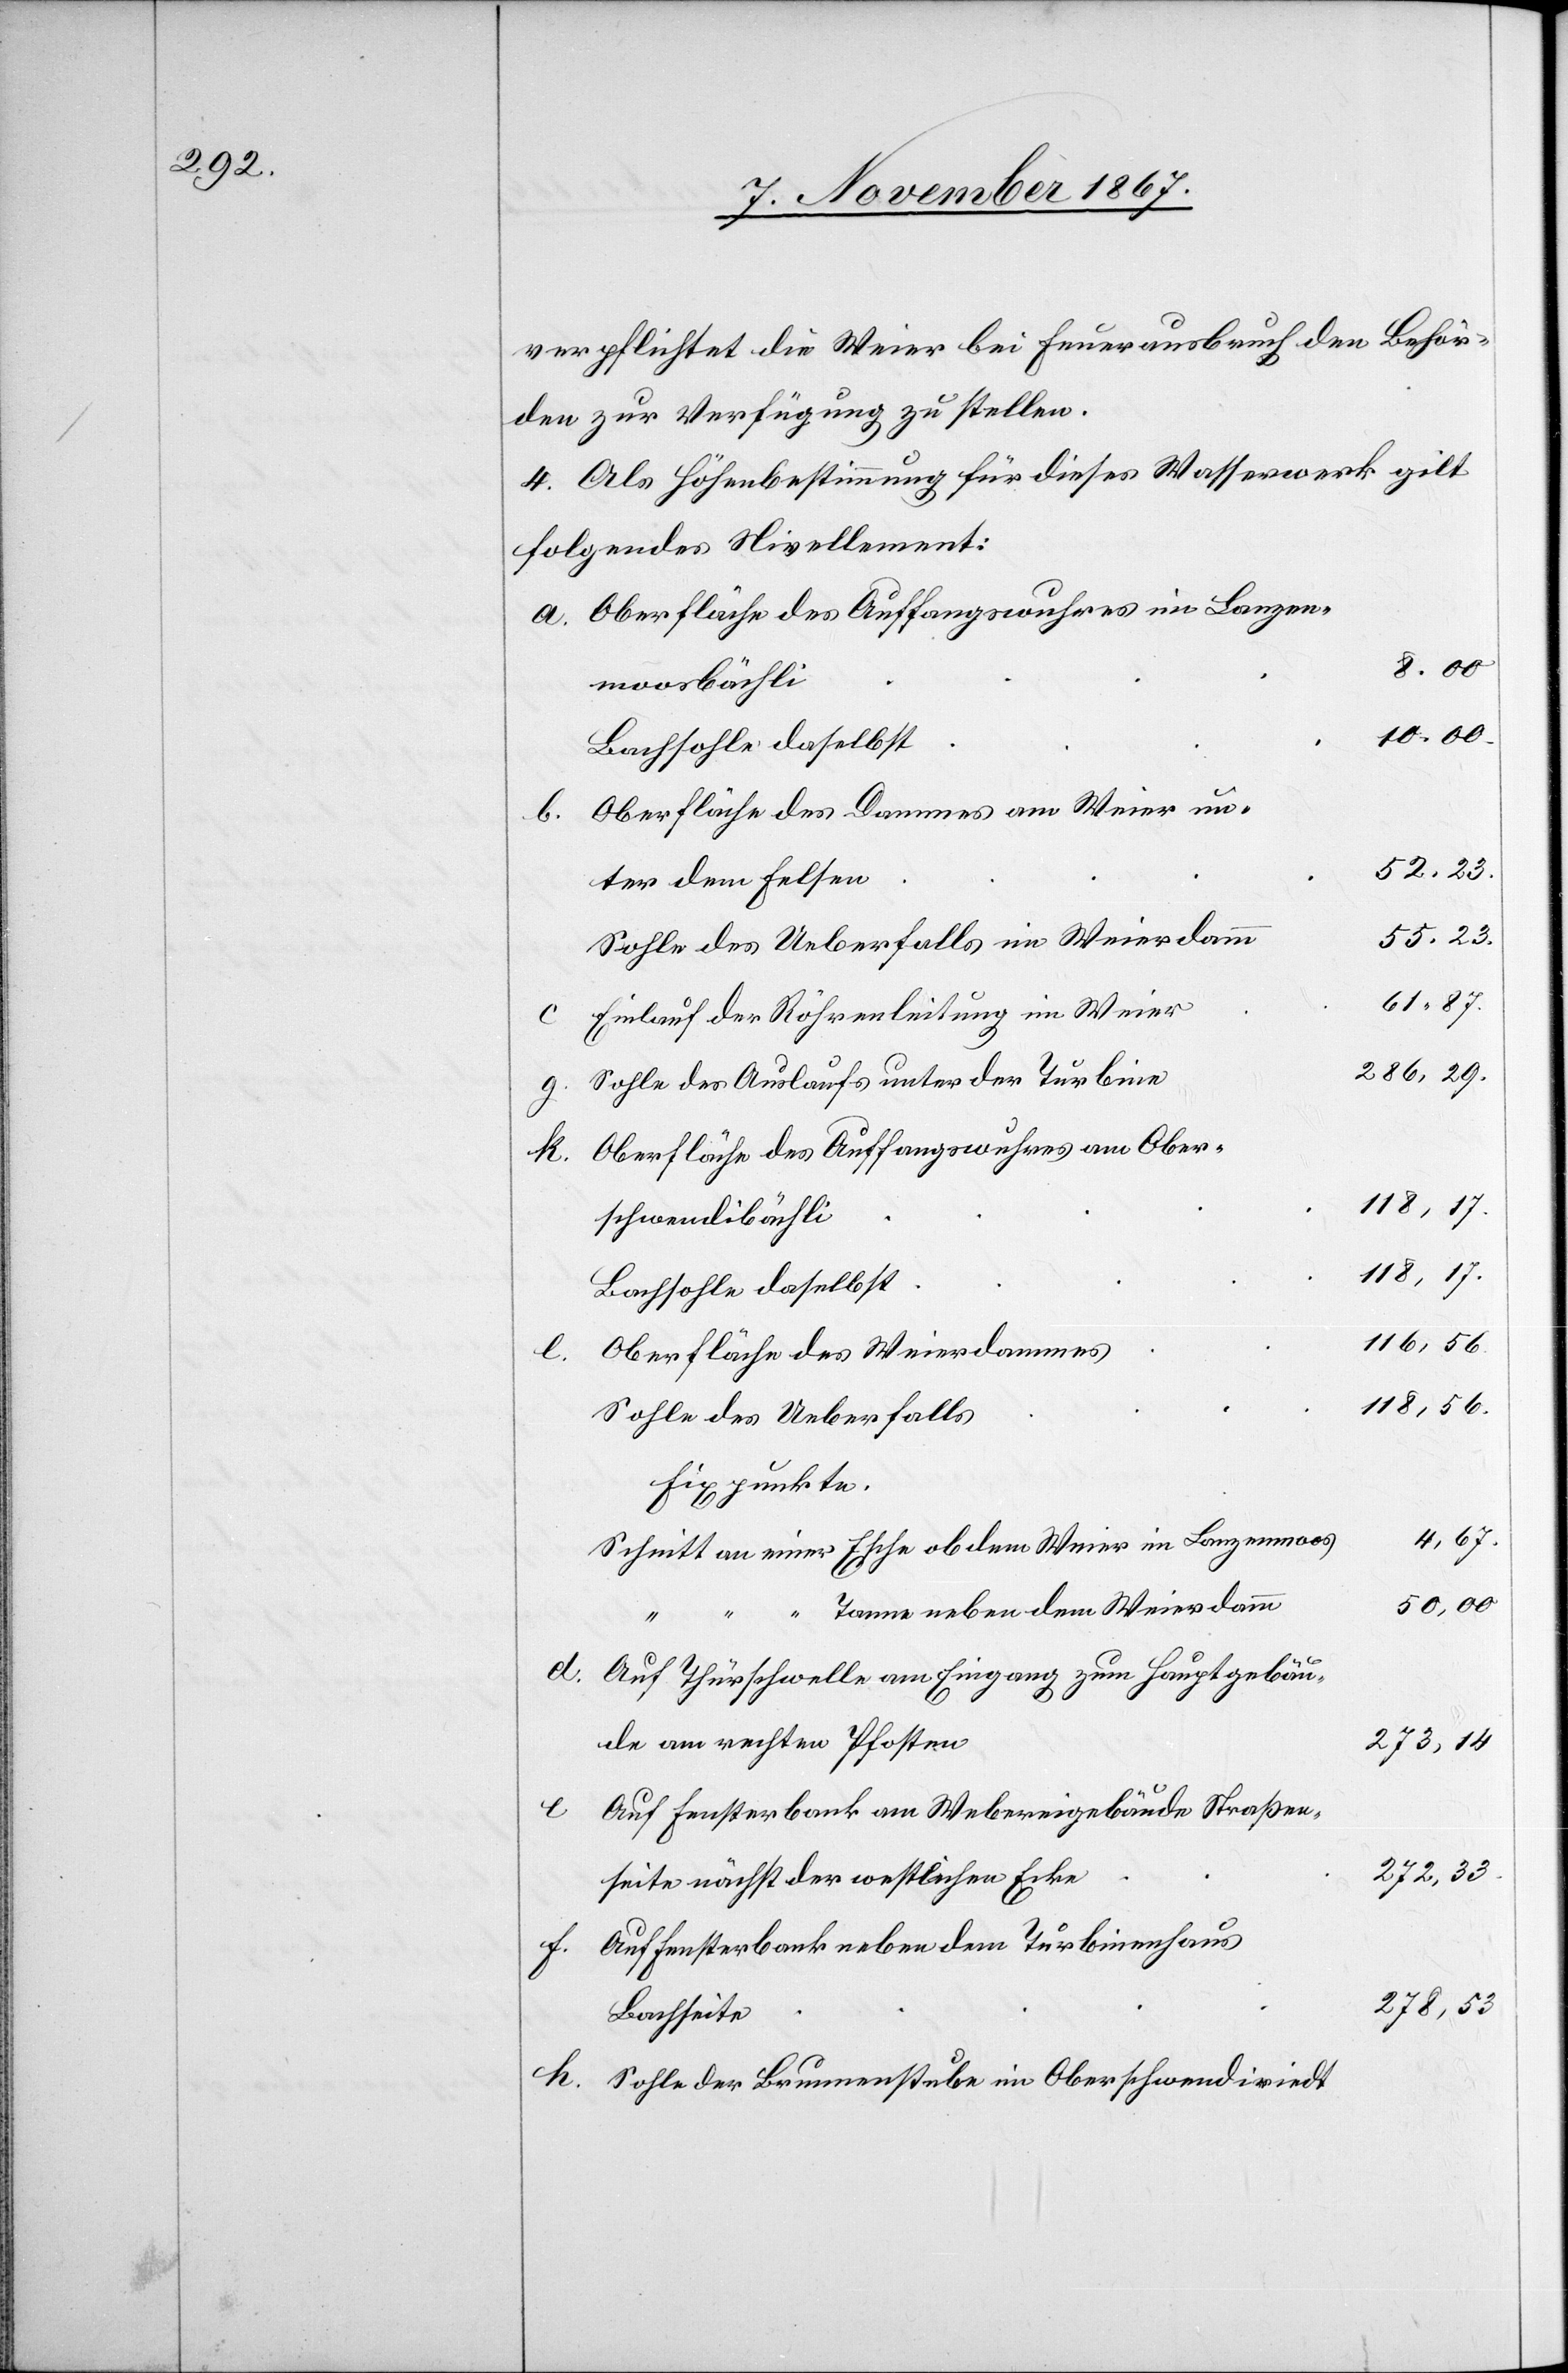
verpflichtet die Weier bei Feuerausbruch den Behör¬
den zur Verfügung zu stellen.
4. Als Höhenbestimmung für dieses Wasserwerk gilt
folgendes Nivellement:
Oberfläche des Auffangswuhres im Lanzen¬
moosbächli
10.00
“
Bachsohle daselbst
Oberfläche des Dammes am Weier un¬
ter dem Felsen
55.23.
Sohle des Ueberfalls im Weierdamm
61.87.
Einlauf der Röhrenleitung im Weier
Sohle des Auslaufs unter der Turbine
Oberfläche des Auffangswuhres am Ober¬
118,17.
schwendibächli
118,17.
Bachsohle daselbst
286,29.
k.
Oberfläche des Weierdammes
118,56
Sohle des Ueberfalls
Fixpunkte
Schnitt an einer Esche ob dem Weier im Lanzenmoos
50,00
Tanne neben dem Weierdamm
Auf Thürschwelle am Eingang zum Hauptgebäu¬
de am rechten Pfosten
f.
273,33.
Auf Fensterbank neben dem Turbinenhaus
g.
278,53
Bachseite
Sohle der Brunnenstube im Oberschwendiriedt